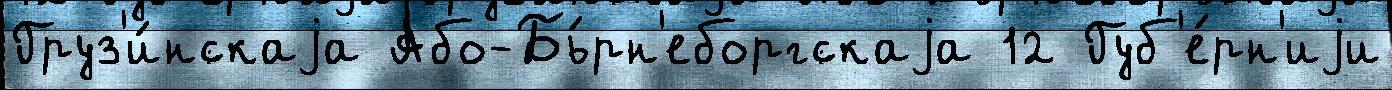
Груз'и́нскаjа Або-Бь́рн'еборгскаjа 12 Губ'е́рн'иjи